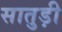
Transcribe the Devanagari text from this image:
सातुड़ी